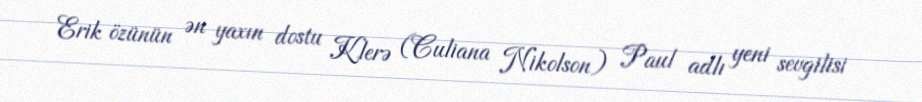
Erik özünün ən yaxın dostu Klerə (Culiana Nikolson) Paul adlı yeni sevgilisi